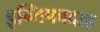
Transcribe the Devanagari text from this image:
इन्तिफादाह